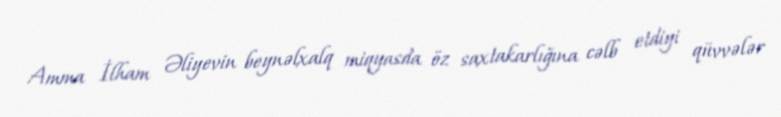
Amma İlham Əliyevin beynəlxalq miqyasda öz saxtakarlığına cəlb etdiyi qüvvələr